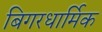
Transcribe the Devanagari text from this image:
बिगरधार्मिक